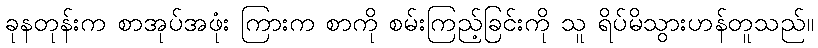
ခုနတုန်းက စာအုပ်အဖုံး ကြားက စာကို စမ်းကြည့်ခြင်းကို သူ ရိပ်မိသွားဟန်တူသည်။